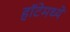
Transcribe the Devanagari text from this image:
हॉटेमध्ये